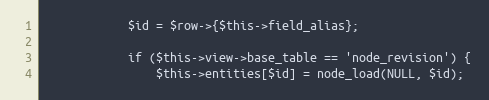
Language: PHP
            $id = $row->{$this->field_alias};

            if ($this->view->base_table == 'node_revision') {
                $this->entities[$id] = node_load(NULL, $id);